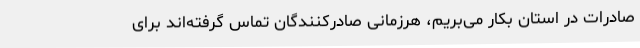
صادرات در استان بکار می‌بریم، هرزمانی صادرکنندگان تماس گرفته‌اند برای